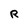
Character: R